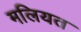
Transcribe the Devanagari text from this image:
मलियत